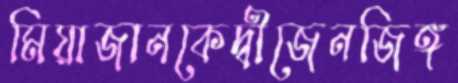
মিয়াজানকেদ্বীজেনজিঙ্গ